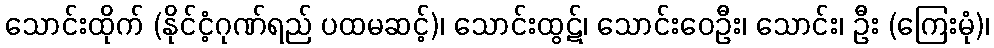
သောင်းထိုက် (နိုင်ငံ့ဂုဏ်ရည် ပထမဆင့်)၊ သောင်းထွဋ်၊ သောင်းဝေဦး၊ သောင်း၊ ဦး (ကြေးမုံ)၊